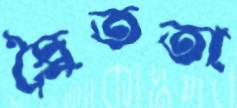
দ্বৈততা